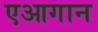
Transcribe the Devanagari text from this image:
एआगान